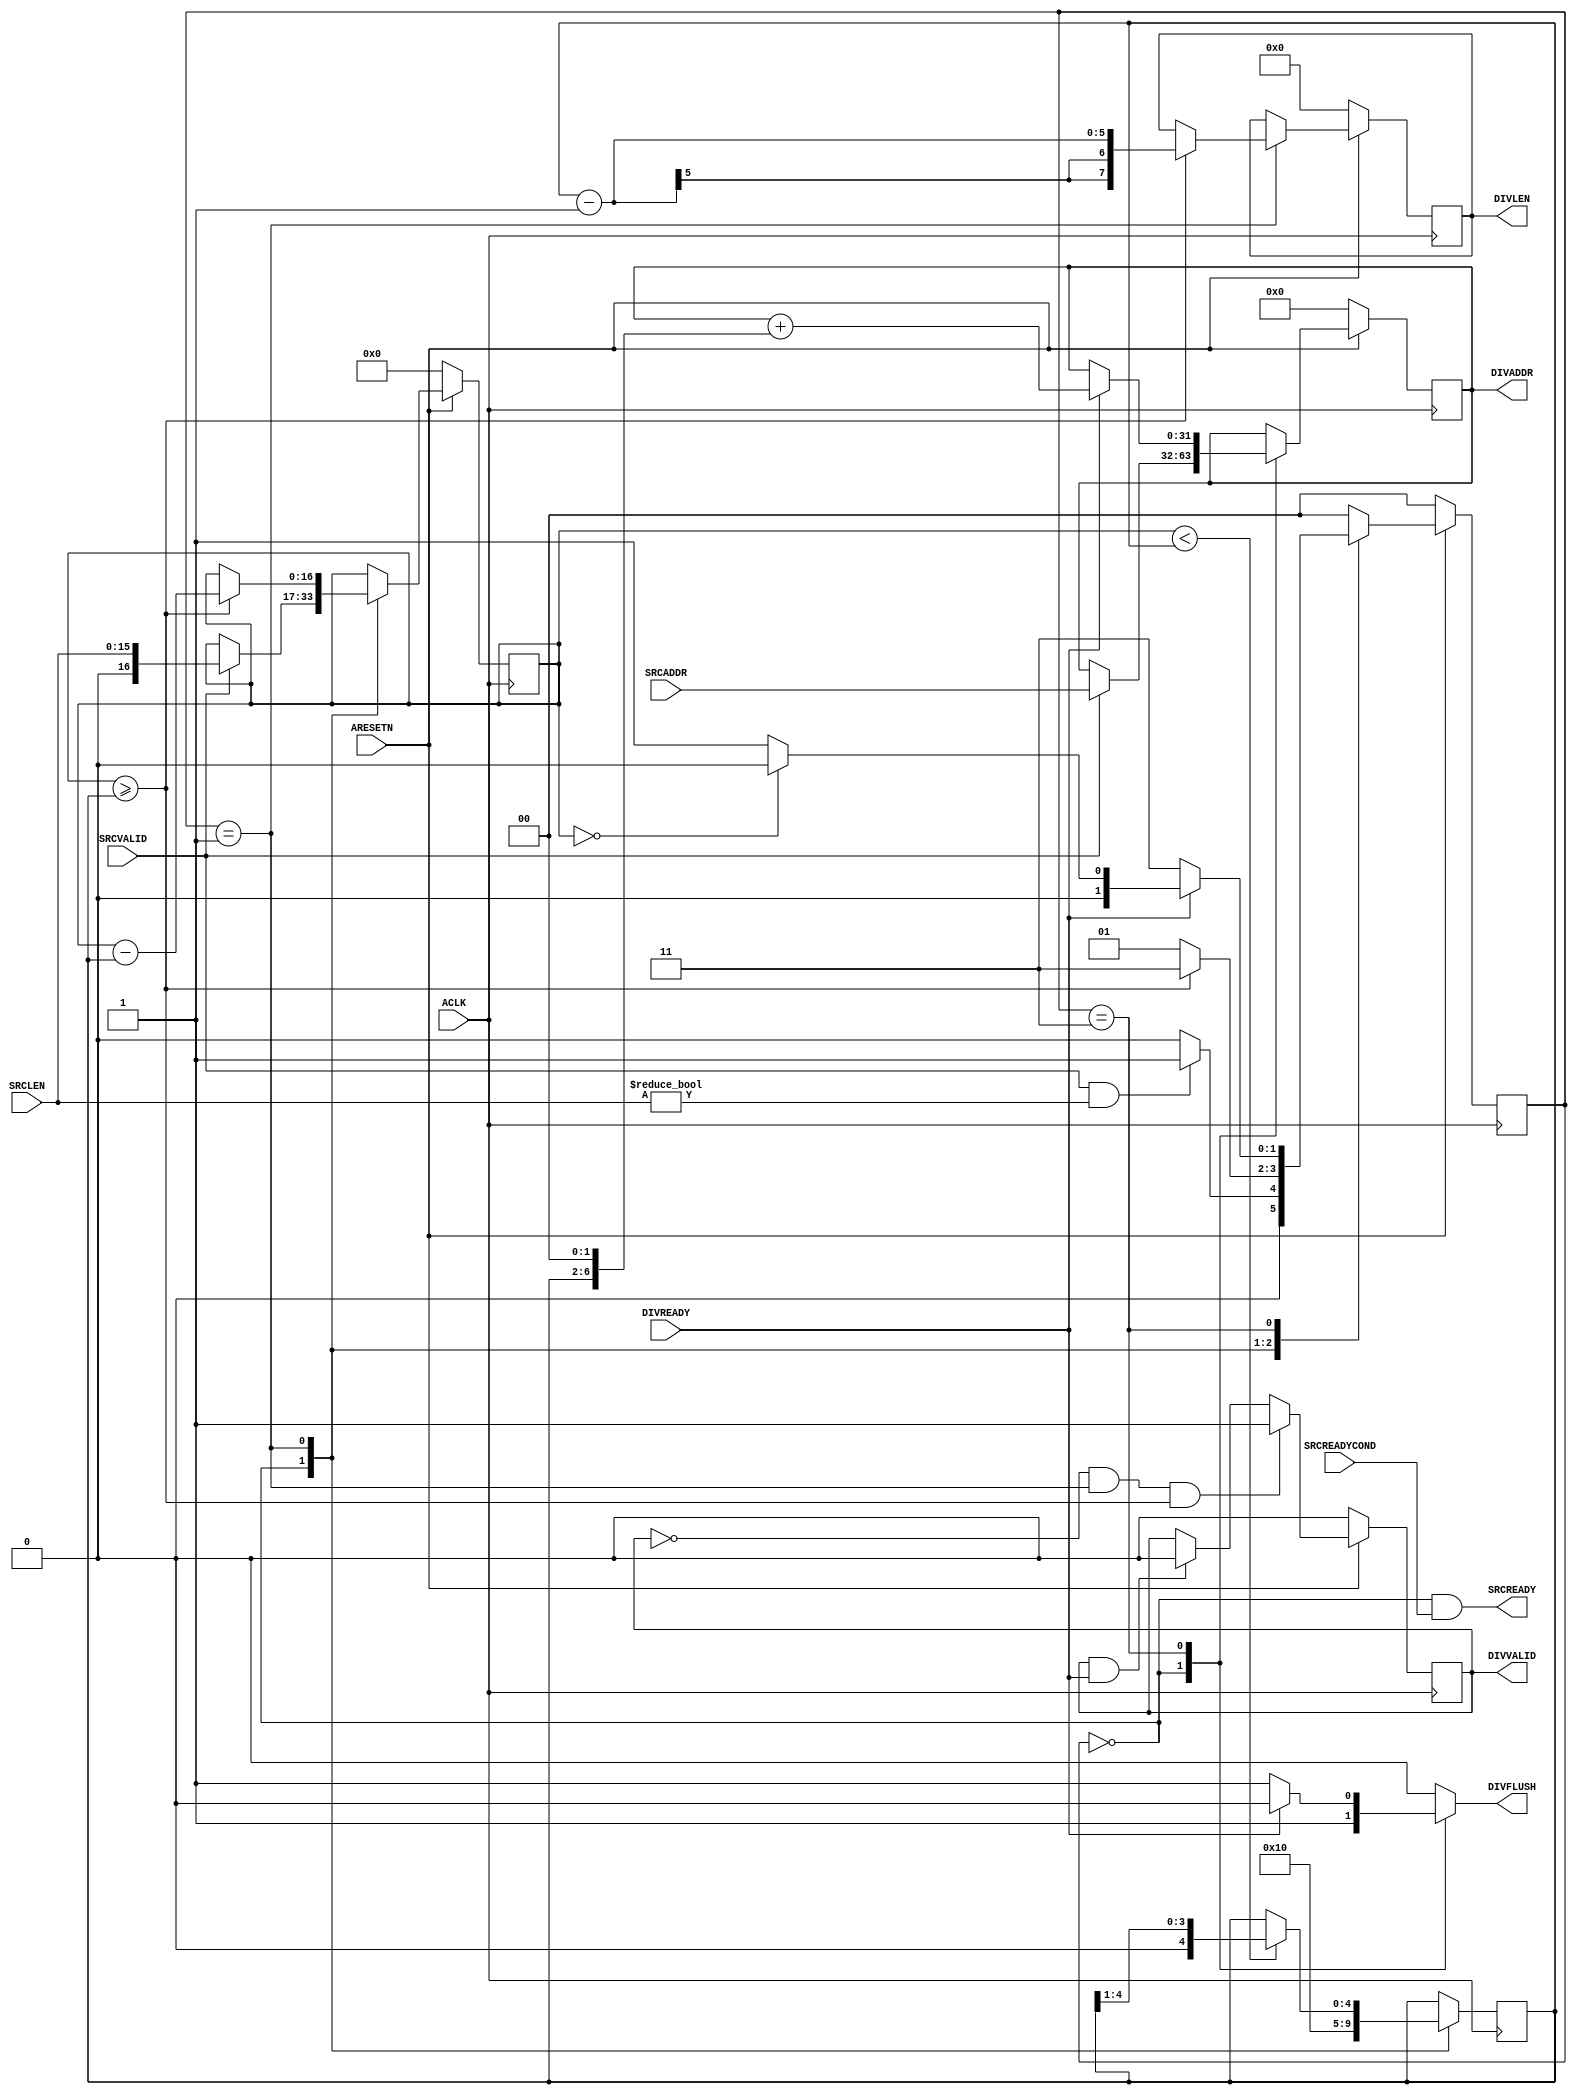
module AXI4CommandDivider
#
(
    parameter AddressWidth          = 32    ,
    parameter DataWidth             = 32    ,
    parameter InnerIFLengthWidth    = 16    ,
    parameter MaxDivider            = 16
)
(
    ACLK        ,
    ARESETN     ,
    SRCADDR     ,
    SRCLEN      ,
    SRCVALID    ,
    SRCREADY    ,
    SRCREADYCOND,
    DIVADDR     ,
    DIVLEN      ,
    DIVVALID    ,
    DIVREADY    ,
    DIVFLUSH
);
    input                               ACLK        ;
    input                               ARESETN     ;
    input   [AddressWidth - 1:0]        SRCADDR     ;
    input   [InnerIFLengthWidth - 1:0]  SRCLEN      ;
    input                               SRCVALID    ;
    output                              SRCREADY    ;
    input                               SRCREADYCOND;
    output  [AddressWidth - 1:0]        DIVADDR     ;
    output  [7:0]                       DIVLEN      ;
    output                              DIVVALID    ;
    input                               DIVREADY    ;
    output                              DIVFLUSH    ;
    
    reg     [7:0]                       rDivLen     ;
    reg                                 rDivValid   ;
    reg                                 rDivFlush   ;
    
    localparam  State_Idle      = 2'b00 ;
    localparam  State_Dividing  = 2'b01 ;
    localparam  State_Request   = 2'b11 ;
    reg [1:0]   rCurState               ;
    reg [1:0]   rNextState              ;
    
    reg [AddressWidth - 1:0]    rAddress            ;
    reg [InnerIFLengthWidth:0]  rLength             ;
    reg [$clog2(MaxDivider):0]  rDivider            ;
    
    wire                        wDivisionNotNeeded  ;
    wire                        wDivisionNeeded     ;
    
    always @ (posedge ACLK)
        if (!ARESETN)
            rCurState <= State_Idle;
        else
            rCurState <= rNextState;
    
    assign wDivisionNotNeeded   = (rLength >= rDivider) ;
    assign wDivisionNeeded      = (rLength < rDivider)  ;
    
    always @ (*)
        case (rCurState)
        State_Idle:
            if (SRCVALID && (SRCLEN != {(InnerIFLengthWidth){1'b0}}))
                rNextState <= State_Dividing;
            else
                rNextState <= State_Idle;
        State_Dividing:
            rNextState <= (wDivisionNotNeeded)?State_Request:State_Dividing;
        State_Request:
            if (DIVREADY)
            begin
                if (rLength == 0)
                    rNextState <= State_Idle;
                else
                    rNextState <= State_Dividing;
            end
            else
                rNextState <= State_Request;
        default:
            rNextState <= State_Idle;
        endcase
    
    assign SRCREADY = (rCurState == State_Idle) && SRCREADYCOND;
    assign DIVADDR  = rAddress;
    assign DIVLEN   = rDivLen;
    
    always @ (posedge ACLK)
        if (!ARESETN)
            rAddress <= 8'b0;
        else
            case (rCurState)
            State_Idle:
                if (SRCVALID)
                    rAddress <= SRCADDR;
            State_Request:
                if (DIVREADY)
                    rAddress <= rAddress + (rDivider << ($clog2(DataWidth/8 - 1)));
            endcase
    
    always @ (posedge ACLK)
        if (!ARESETN)
            rLength <= 8'b0;
        else
            case (rCurState)
            State_Idle:
                if (SRCVALID)
                    rLength <= SRCLEN;
            State_Dividing:
                if (wDivisionNotNeeded)
                    rLength <= rLength - rDivider;
            endcase

    always @ (posedge ACLK)
        case (rCurState)
        State_Idle:
            rDivider <= MaxDivider;
        State_Dividing:
            if (wDivisionNeeded)
                rDivider <= rDivider >> 1'b1;
        endcase
    
    always @ (posedge ACLK)
        if (!ARESETN)
            rDivLen <= 8'b0;
        else
            case (rCurState)
            State_Dividing:
                if (wDivisionNotNeeded)
                    rDivLen <= rDivider - 1'b1;
            endcase
    
    assign DIVVALID = rDivValid;
    
    always @ (posedge ACLK)
        if (!ARESETN)
            rDivValid <= 1'b0;
        else
            if (!rDivValid && (rCurState == State_Dividing) && wDivisionNotNeeded)
                rDivValid <= 1'b1;
            else if (rDivValid && DIVREADY)
                rDivValid <= 1'b0;
    
    always @ (*)
        case (rCurState)
        State_Idle:
            rDivFlush <= 1'b1;
        State_Request:
            if (!DIVREADY) // WCmdQ is Full
                rDivFlush <= 1'b1;
            else
                rDivFlush <= 1'b0;
        default:
            rDivFlush <= 1'b0;
        endcase
    assign DIVFLUSH = rDivFlush;
    
endmodule